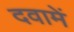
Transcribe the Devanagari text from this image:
दवामें